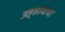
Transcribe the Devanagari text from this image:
उत्सावाचा